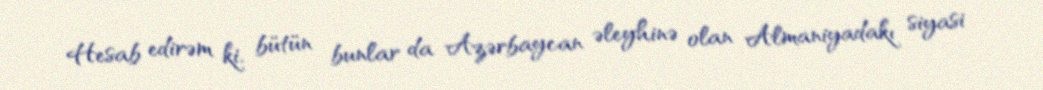
Hesab edirəm ki, bütün bunlar da Azərbaycan əleyhinə olan Almaniyadakı siyasi